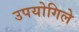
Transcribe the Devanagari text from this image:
उपयोगिले